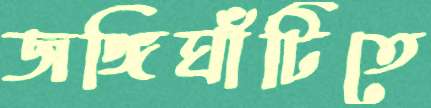
জঙ্গিঘাঁটিতে